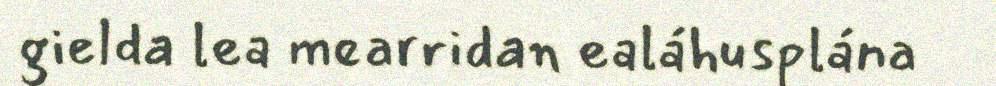
gielda lea mearridan ealáhusplána